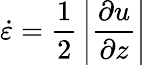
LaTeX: \dot{\varepsilon}=\frac{1}{2}\, \left|\frac{\partial u}{\partial z}\right|